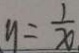
y = \frac { 1 } { x }